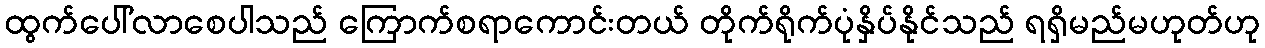
ထွက်ပေါ်လာစေပါသည် ကြောက်စရာကောင်းတယ် တိုက်ရိုက်ပုံနှိပ်နိုင်သည် ရရှိမည်မဟုတ်ဟု